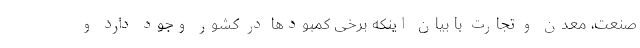
صنعت، معدن و تجارت با بیان اینکه برخی کمبودها در کشور وجود دارد و